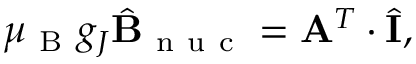
\mu _ { \mathrm { ~ B ~ } } g _ { J } \hat { \mathbf { B } } _ { \mathrm { ~ n ~ u ~ c ~ } } = \mathbf { A } ^ { T } \cdot \hat { \mathbf { I } } ,